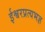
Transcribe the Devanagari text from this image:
ईश्वरप्रत्यभज्ञ